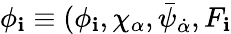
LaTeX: \phi_{\mathbf{i}}\equiv(\phi_{\mathbf{i}},\chi_{\alpha},\bar{{\psi}}_{\dot{{\alpha}}},F_{\mathbf{i}}